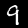
Label: 9